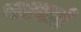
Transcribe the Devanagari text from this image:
सागले